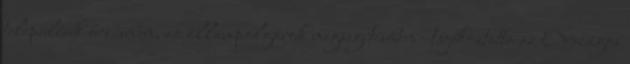
települések őrzésében, az állampolgárok megsegítésében - tájékoztatta az Országos